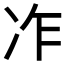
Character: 𠖽